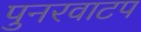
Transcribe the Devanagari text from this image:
पुनरवाटप